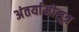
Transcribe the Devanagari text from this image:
अंतर्यामीसूत्र